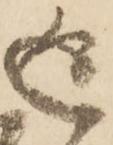
返